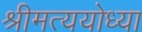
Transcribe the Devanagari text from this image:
श्रीमत्ययोध्या